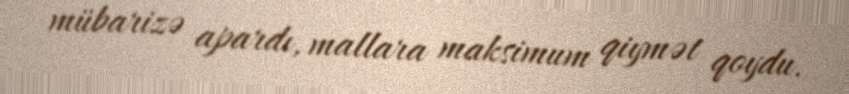
mübarizə apardı, mallara maksimum qiymət qoydu.